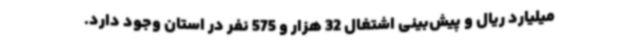
میلیارد ریال و پیش‌بینی اشتغال 32 هزار و 575 نفر در استان وجود دارد.